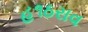
હ૧ઠરાવ